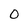
Character: 0